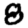
Digit: 8